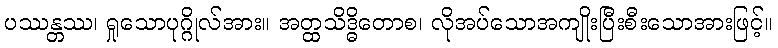
ပဿန္တဿ၊ ရှုသောပုဂ္ဂိုလ်အား။ အတ္ထသိဒ္ဓိတောစ၊ လိုအပ်သောအကျိုးပြီးစီးသောအားဖြင့်။